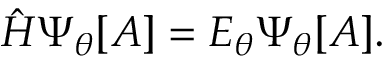
{ \hat { H } } \Psi _ { \theta } [ A ] = E _ { \theta } \Psi _ { \theta } [ A ] .